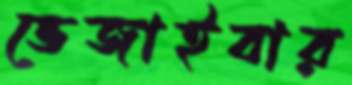
ভেজাইবার